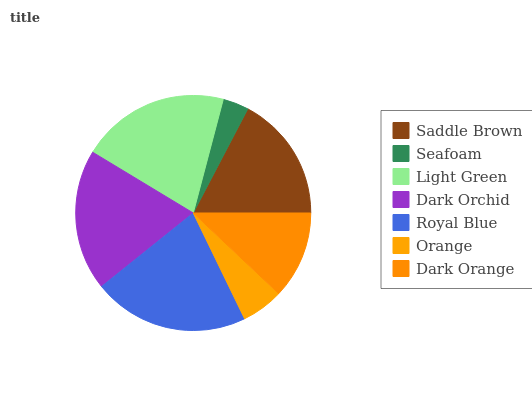
| Saddle Brown | Seafoam | Light Green | Dark Orchid | Royal Blue | Orange | Dark Orange |
 | --- | --- | --- | --- | --- | --- | --- |
 | 17.3% | 3.56% | 20.5% | 19.4% | 21.5% | 5.77% | 12% |